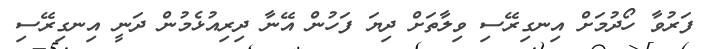
ފަރުވާ ހޯދުމަށް އިނގިރޭސި ވިލާތަށް ދިޔަ ފަހުން އޭނާ ދިރިއުޅެމުން ދަނީ އިނގިރޭސި